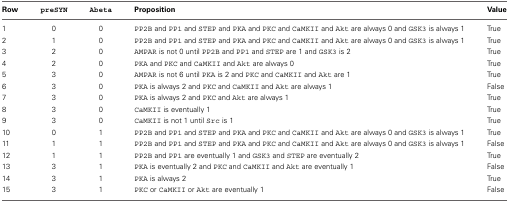
| Row | preSYN | Abeta | Proposition | Value |
 | --- | --- | --- | --- | --- |
 | 1 | 0 | 0 | PP2B and PP1 and STEP and PKA and PKC and CaMKII and Akt are always 0 and GSK3 is always 1 | True |
 | 2 | 1 | 0 | PP2B and PP1 and STEP and PKA and PKC and CaMKII and Akt are always 0 and GSK3 is always 1 | True |
 | 3 | 2 | 0 | AMPAR is not 0 until PP2B and PP1 and STEP are 1 and GSK3 is 2 | True |
 | 4 | 2 | 0 | PKA and PKC and CaMKII and Akt are always 0 | True |
 | 5 | 3 | 0 | AMPAR is not 6 until PKA is 2 and PKC and CaMKII and Akt are 1 | True |
 | 6 | 3 | 0 | PKA is always 2 and PKC and CaMKII and Akt are always 1 | False |
 | 7 | 3 | 0 | PKA is always 2 and PKC and Akt are always 1 | True |
 | 8 | 3 | 0 | CaMKII is eventually 1 | True |
 | 9 | 3 | 0 | CaMKII is not 1 until Src is 1 | True |
 | 10 | 0 | 1 | PP2B and PP1 and STEP and PKA and PKC and CaMKII and Akt are always 0 and GSK3 is always 1 | True |
 | 11 | 1 | 1 | PP2B and PP1 and STEP and PKA and PKC and CaMKII and Akt are always 0 and GSK3 is always 1 | False |
 | 12 | 1 | 1 | PP2B and PP1 are eventually 1 and GSK3 and STEP are eventually 2 | True |
 | 13 | 3 | 1 | PKA is eventually 2 and PKC and CaMKII and Akt are eventually 1 | False |
 | 14 | 3 | 1 | PKA is always 2 | True |
 | 15 | 3 | 1 | PKC or CaMKII or Akt are eventually 1 | False |